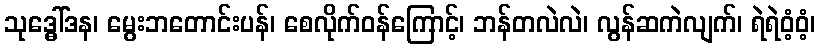
သုဒ္ဓေါ်ဒန၊ မွေးဘတောင်းပန်၊ စေလိုက်ဝန်ကြောင့်၊ ဘန်တလဲလဲ၊ လွန်ဆကဲလျက်၊ ရဲရဲဝံ့ဝံ့၊